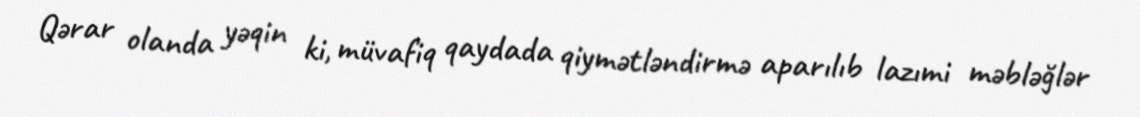
Qərar olanda yəqin ki, müvafiq qaydada qiymətləndirmə aparılıb lazımi məbləğlər